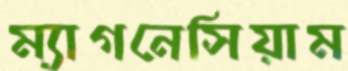
ম্যাগনেসিয়াম